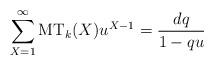
LaTeX: \begin{align*} \sum_{X=1}^\infty \mathrm{MT}_k(X) u^{X-1} = \frac{dq}{1-qu} \end{align*}